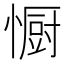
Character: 𭞭